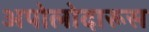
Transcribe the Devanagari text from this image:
अपोलोदारूस